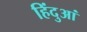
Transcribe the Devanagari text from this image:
हिंदुआं